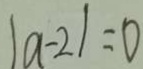
\vert a - 2 \vert = 0